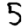
Digit: 5